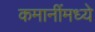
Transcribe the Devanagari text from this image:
कमानींमध्ये